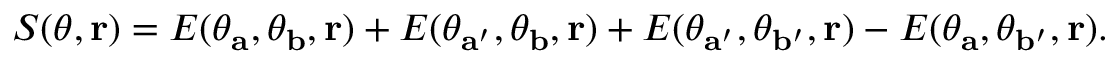
\begin{array} { r } { S ( \theta , { \bf r } ) = E ( \theta _ { \mathbf { a } } , \theta _ { \mathbf { b } } , { \bf r } ) + E ( \theta _ { \mathbf { a } ^ { \prime } } , \theta _ { \mathbf { b } } , { \bf r } ) + E ( \theta _ { \mathbf { a } ^ { \prime } } , \theta _ { \mathbf { b } ^ { \prime } } , { \bf r } ) - E ( \theta _ { \mathbf { a } } , \theta _ { \mathbf { b } ^ { \prime } } , { \bf r } ) . } \end{array}